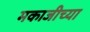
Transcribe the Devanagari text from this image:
मकाजीच्या